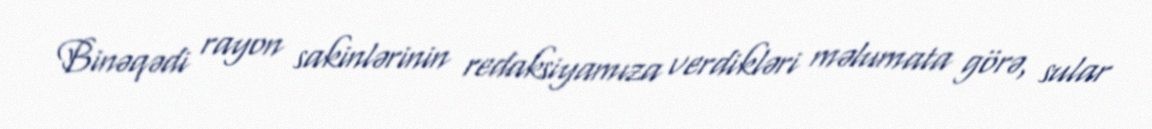
Binəqədi rayon sakinlərinin redaksiyamıza verdikləri məlumata görə, sular